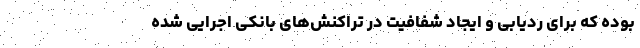
بوده که برای ردیابی و ایجاد شفافیت در تراکنش‌های بانکی اجرایی شده